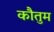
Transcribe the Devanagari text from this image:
कौतुम